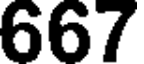
667